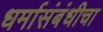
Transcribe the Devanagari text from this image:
धर्मासंबंधीचा